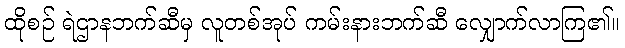
ထိုစဉ် ရဲဌာနဘက်ဆီမှ လူတစ်အုပ် ကမ်းနားဘက်ဆီ လျှောက်လာကြ၏။